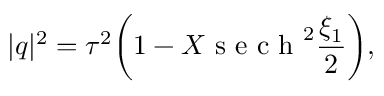
\lvert q \rvert ^ { 2 } = \tau ^ { 2 } \bigg ( 1 - X \mathrm { ~ s ~ e ~ c ~ h ~ } ^ { 2 } \frac { \xi _ { 1 } } { 2 } \bigg ) ,